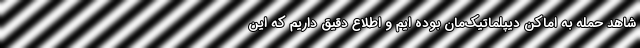
شاهد حمله به اماکن دیپلماتیک‌مان بوده ایم و اطلاع دقیق داریم که این